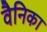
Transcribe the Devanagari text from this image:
वैनिका